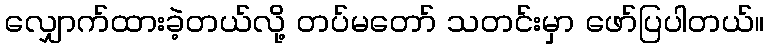
လျှောက်ထားခဲ့တယ်လို့ တပ်မတော် သတင်းမှာ ဖော်ပြပါတယ်။